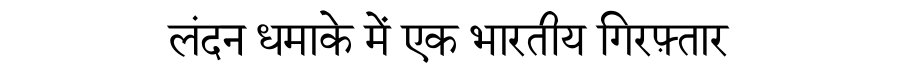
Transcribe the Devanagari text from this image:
लंदन धमाके में एक भारतीय गिरफ़्तार